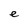
Character: e